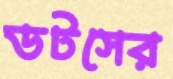
ডটসের